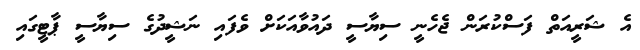
އެ ޝަރީއަތް ފަސްކުރަން ޖެހެނީ ސިޔާސީ ދައުވާއަކަށް ވެފައި ނަޝީދުގެ ސިޔާސީ ޕާޓީގައި